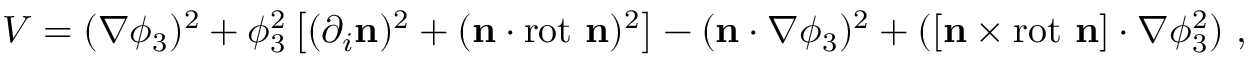
V = ( \nabla \phi _ { 3 } ) ^ { 2 } + \phi _ { 3 } ^ { 2 } \left[ ( \partial _ { i } { \mathbf { n } } ) ^ { 2 } + ( \mathbf { n } \cdot \mathrm { r o t } { \ \mathbf { n } } ) ^ { 2 } \right] - ( \mathbf { n } \cdot \nabla \phi _ { 3 } ) ^ { 2 } + ( [ \mathbf { n } \times \mathrm { r o t \ } \mathbf { n } ] \cdot \nabla \phi _ { 3 } ^ { 2 } ) ~ ,